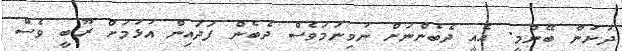
ދުށުން ބޭނުމީ. އެއީ ދެބެންނަށް ނުވިނަމަވެސް ދެބެން ފަދައިން އުޅުމަށް ރޫބީ ވެސް